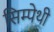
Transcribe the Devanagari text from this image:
सिम्पेथी